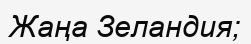
Жаңа Зеландия;